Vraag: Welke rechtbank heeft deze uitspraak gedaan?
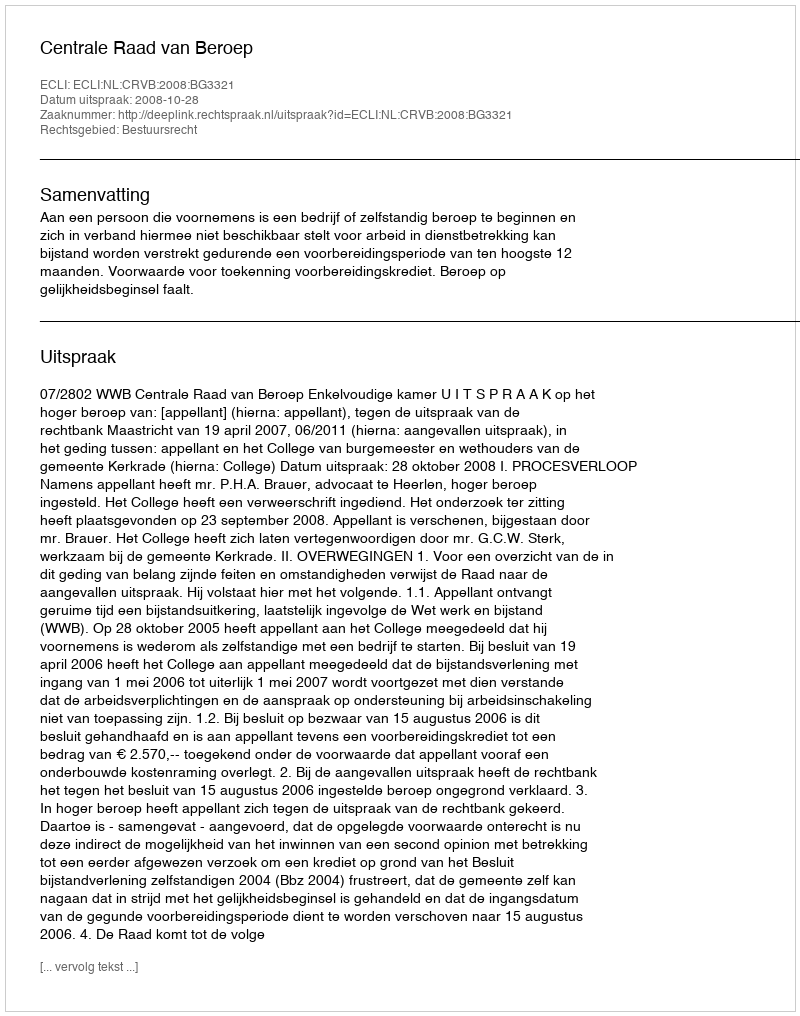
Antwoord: Centrale Raad van Beroep